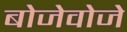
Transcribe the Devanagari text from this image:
बोजेवोजे